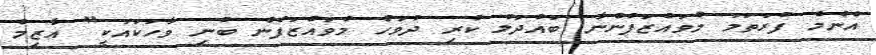
އެންމެ ފުރަތަމަ މުވައްޒަފުންނާ ބައްދަލު ކުރި ދުވަހު މުވައްޒަފުން ބުނި ވާހަކައަކީ" އާޒިމް